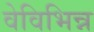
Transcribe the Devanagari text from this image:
वेविभिन्न